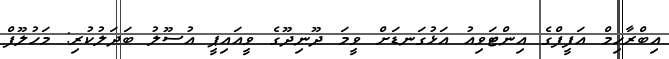
އިބްރާހިމް އަފީފްގެ އިންޓަވިއު އަޅުގަނޑަށް ވީމަ ދޫނިދޫގެ ވީއައިޕީ އުސޫލު ބަދަލުކުރި: މަހުލޫފް